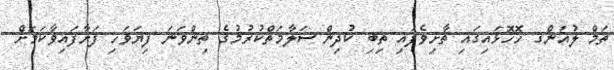
ތަމް ލުއަންގ ހޮހޮޅައިގައި ތާށިވެފައި ތިބި ކުދިން ސަލާމަތްކުރުމުގެ ތިންވަނަ ފިޔަވަހި ފަށާފައިވާކަމަށް